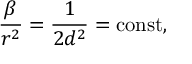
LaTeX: \frac { \beta } { r ^ { 2 } } = \frac 1 { 2 d ^ { 2 } } = \mathrm { c o n s t } ,